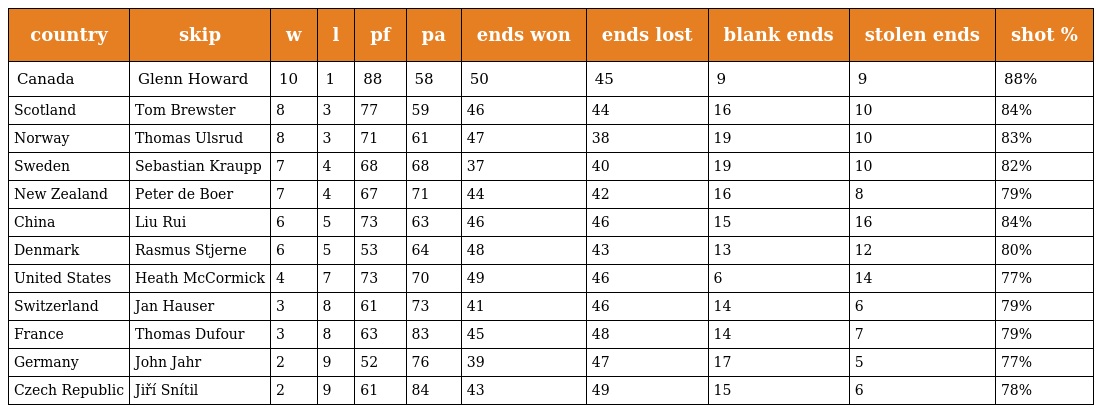
| country | skip | w | l | pf | pa | ends won | ends lost | blank ends | stolen ends | shot % |
 | --- | --- | --- | --- | --- | --- | --- | --- | --- | --- | --- |
 | Canada | Glenn Howard | 10 | 1 | 88 | 58 | 50 | 45 | 9 | 9 | 88% |
 | Scotland | Tom Brewster | 8 | 3 | 77 | 59 | 46 | 44 | 16 | 10 | 84% |
 | Norway | Thomas Ulsrud | 8 | 3 | 71 | 61 | 47 | 38 | 19 | 10 | 83% |
 | Sweden | Sebastian Kraupp | 7 | 4 | 68 | 68 | 37 | 40 | 19 | 10 | 82% |
 | New Zealand | Peter de Boer | 7 | 4 | 67 | 71 | 44 | 42 | 16 | 8 | 79% |
 | China | Liu Rui | 6 | 5 | 73 | 63 | 46 | 46 | 15 | 16 | 84% |
 | Denmark | Rasmus Stjerne | 6 | 5 | 53 | 64 | 48 | 43 | 13 | 12 | 80% |
 | United States | Heath McCormick | 4 | 7 | 73 | 70 | 49 | 46 | 6 | 14 | 77% |
 | Switzerland | Jan Hauser | 3 | 8 | 61 | 73 | 41 | 46 | 14 | 6 | 79% |
 | France | Thomas Dufour | 3 | 8 | 63 | 83 | 45 | 48 | 14 | 7 | 79% |
 | Germany | John Jahr | 2 | 9 | 52 | 76 | 39 | 47 | 17 | 5 | 77% |
 | Czech Republic | Jiří Snítil | 2 | 9 | 61 | 84 | 43 | 49 | 15 | 6 | 78% |